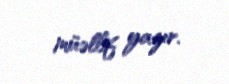
müəllif yazır.